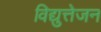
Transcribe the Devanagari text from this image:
विद्युत्तेजन